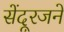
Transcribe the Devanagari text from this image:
सेंदूरजने